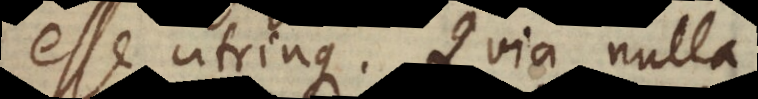
esse utrinque. Quia nulla